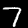
Label: 7